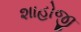
શાહોજી